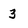
Character: 3